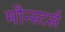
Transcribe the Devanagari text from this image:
मौन्स्टर्स